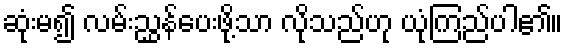
ဆုံးမ၍ လမ်းညွှန်ပေးဖို့သာ လိုသည်ဟု ယုံကြည်ပါ၏။